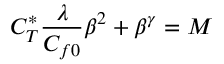
C _ { T } ^ { * } \frac { \lambda } { C _ { f 0 } } \beta ^ { 2 } + \beta ^ { \gamma } = M